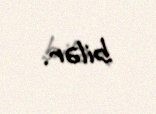
bilər.